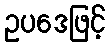
ဥပဒေဖြင့်